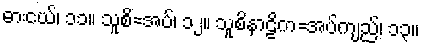
ဓားငယ်၊ ၁၁။ သူစိ=အပ်၊ ၁၂။ သူစိနာဠိက=အပ်ကျည်၊ ၁၃။